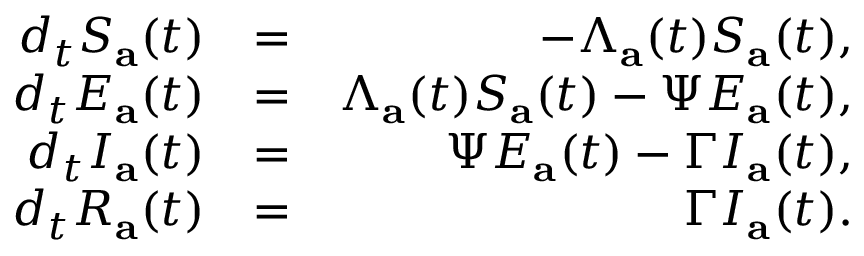
\begin{array} { r l r } { d _ { t } S _ { \mathbf { a } } ( t ) } & { = } & { - \Lambda _ { \mathbf { a } } ( t ) S _ { \mathbf { a } } ( t ) , } \\ { d _ { t } E _ { \mathbf { a } } ( t ) } & { = } & { \Lambda _ { \mathbf { a } } ( t ) S _ { \mathbf { a } } ( t ) - \Psi E _ { \mathbf { a } } ( t ) , } \\ { d _ { t } I _ { \mathbf { a } } ( t ) } & { = } & { \Psi E _ { \mathbf { a } } ( t ) - \Gamma I _ { \mathbf { a } } ( t ) , } \\ { d _ { t } R _ { \mathbf { a } } ( t ) } & { = } & { \Gamma I _ { \mathbf { a } } ( t ) . } \end{array}